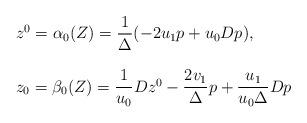
LaTeX: \begin{align*}\begin{array}{l}z^0=\alpha_0(Z)=\dfrac{1}{\Delta}(-2u_1p+u_0Dp),\\\\z_0=\beta_0(Z)=\dfrac{1}{u_0}Dz^0-\dfrac{2v_1}{\Delta}p+\dfrac{u_1}{u_0\Delta}Dp\end{array}\end{align*}